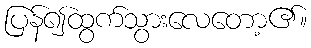
ပြန်၍ထွက်သွားလေတော့၏။